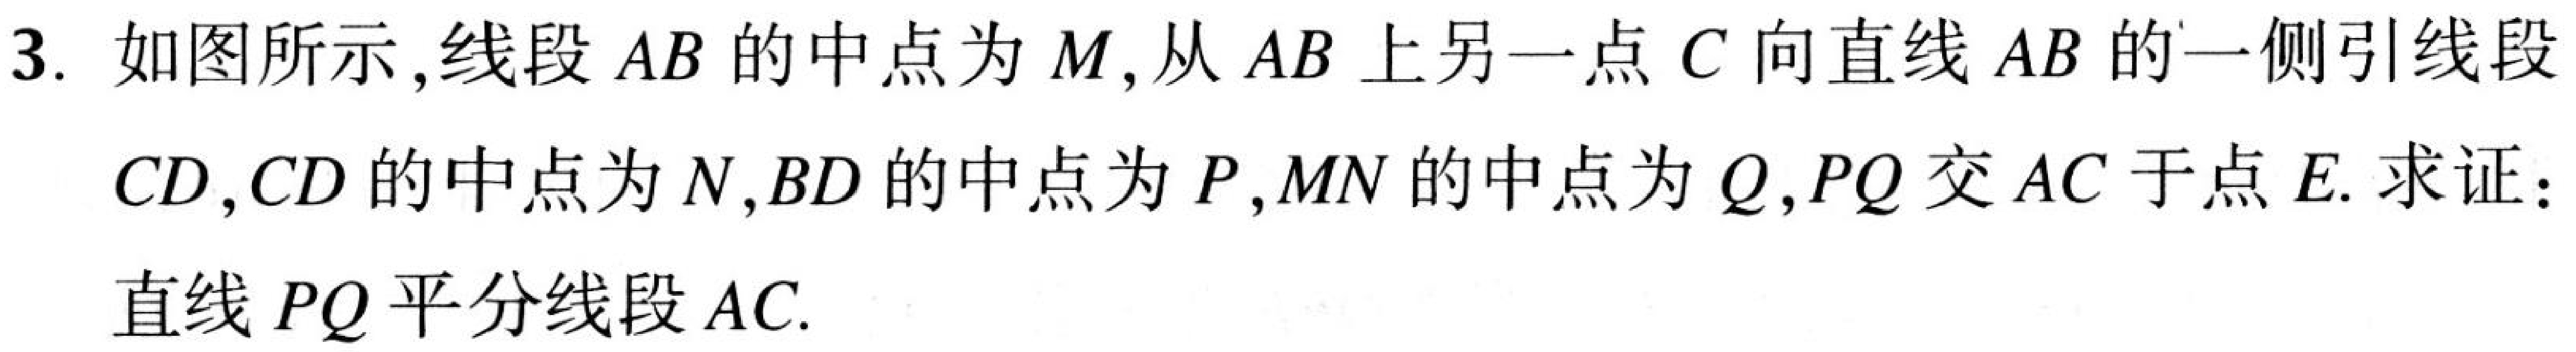
3. 如图所示,线段\(AB\)的中点为\(M\),从\(AB\)上另一点\(C\)向直线\(AB\)的一侧引线段\(CD\),\(CD\)的中点为\(N\),\(BD\)的中点为\(P\),\(MN\)的中点为\(Q\),\(PQ\)交\(AC\)于点\(E\). 求证：直线\(PQ\)平分线段\(AC\).